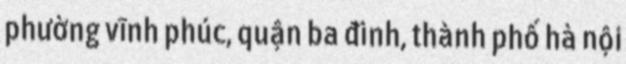
phường vĩnh phúc, quận ba đình, thành phố hà nội